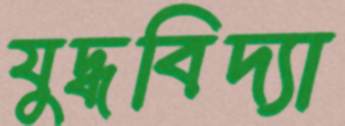
যুদ্ধবিদ্যা